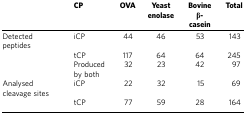
<table><thead><tr><td><b> </b></td><td><b>CP</b></td><td><b>OVA</b></td><td><b>Yeast enolase</b></td><td><b>Bovine β-casein</b></td><td><b>Total</b></td></tr></thead><tbody><tr><td>Detected peptides</td><td>iCP</td><td>44</td><td>46</td><td>53</td><td>143</td></tr><tr><td> </td><td>tCP</td><td>117</td><td>64</td><td>64</td><td>245</td></tr><tr><td> </td><td>Produced by both</td><td>32</td><td>23</td><td>42</td><td>97</td></tr><tr><td>Analysed cleavage sites</td><td>iCP</td><td>22</td><td>32</td><td>15</td><td>69</td></tr><tr><td> </td><td>tCP</td><td>77</td><td>59</td><td>28</td><td>164</td></tr></tbody></table>